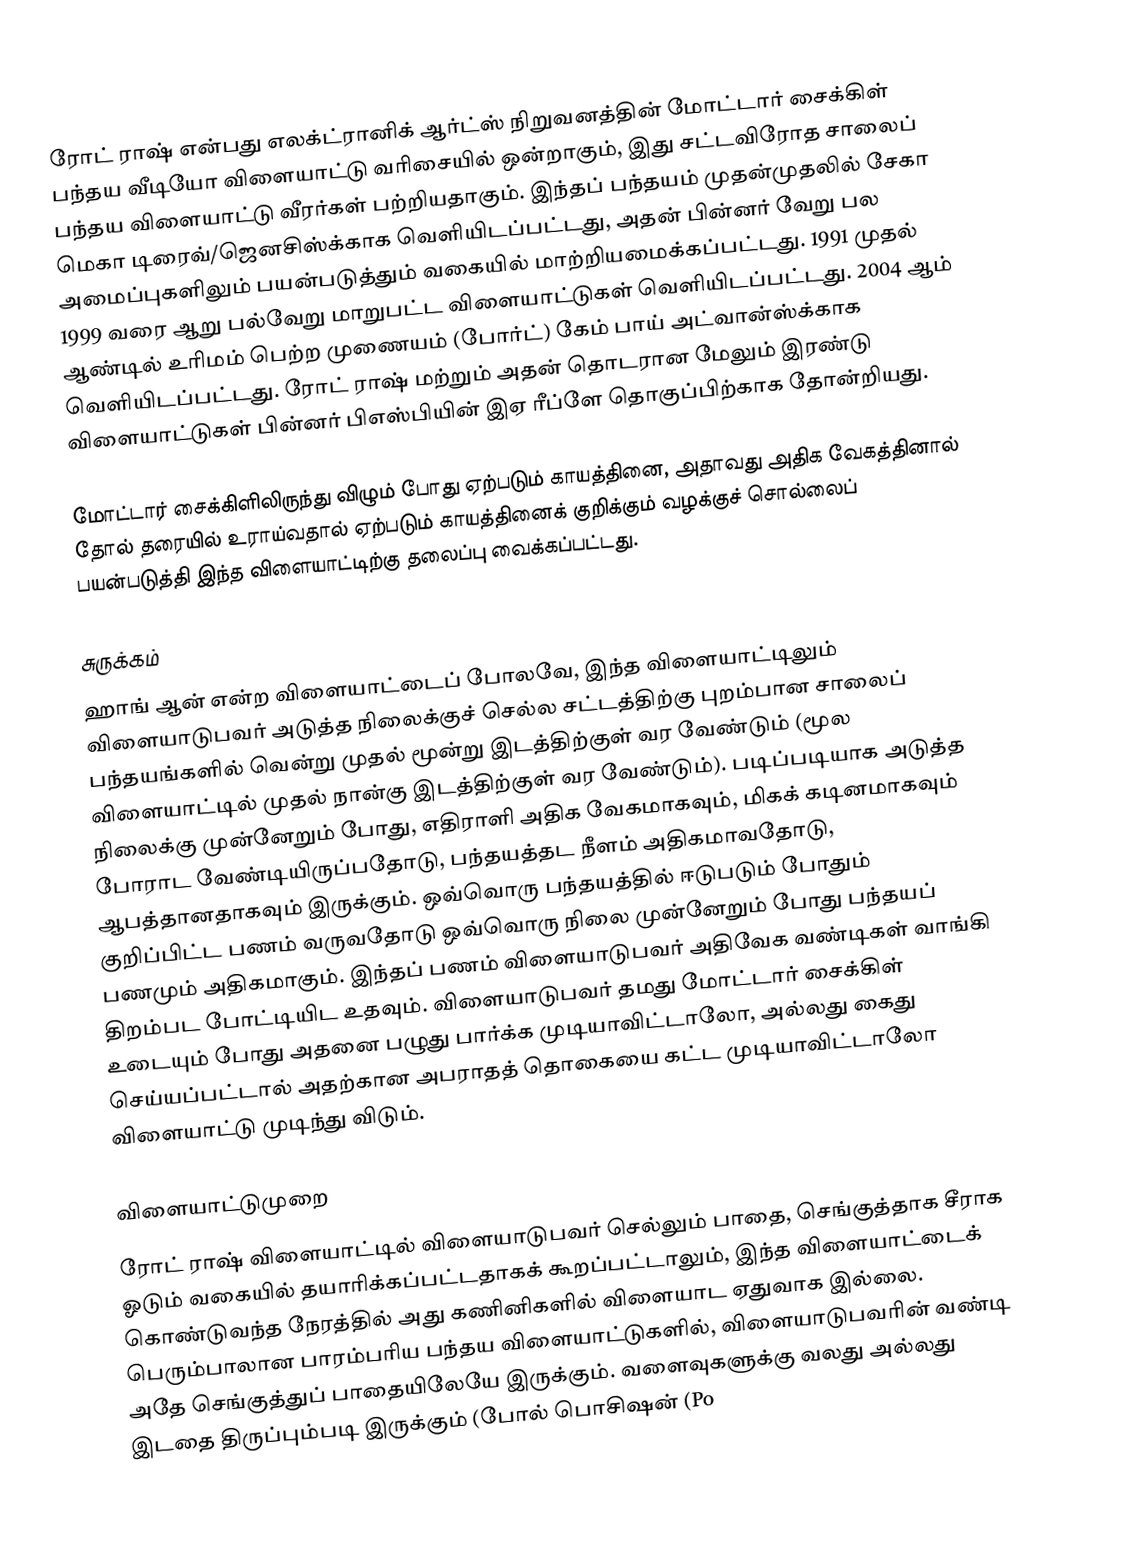
ரோட் ராஷ்   என்பது எலக்ட்ரானிக் ஆர்ட்ஸ் நிறுவனத்தின் மோட்டார் சைக்கிள் பந்தய வீடியோ விளையாட்டு வரிசையில் ஒன்றாகும், இது சட்டவிரோத சாலைப் பந்தய விளையாட்டு வீரர்கள் பற்றியதாகும். இந்தப் பந்தயம் முதன்முதலில் சேகா மெகா டிரைவ்/ஜெனசிஸ்க்காக வெளியிடப்பட்டது, அதன் பின்னர் வேறு பல அமைப்புகளிலும் பயன்படுத்தும் வகையில் மாற்றியமைக்கப்பட்டது.  1991 முதல் 1999 வரை ஆறு பல்வேறு மாறுபட்ட விளையாட்டுகள் வெளியிடப்பட்டது. 2004 ஆம் ஆண்டில் உரிமம் பெற்ற முணையம் (போர்ட்) கேம் பாய் அட்வான்ஸ்க்காக வெளியிடப்பட்டது. ரோட் ராஷ் மற்றும் அதன் தொடரான மேலும் இரண்டு விளையாட்டுகள் பின்னர் பிஎஸ்பியின் இஏ ரீப்ளே தொகுப்பிற்காக தோன்றியது.

மோட்டார் சைக்கிளிலிருந்து விழும் போது ஏற்படும் காயத்தினை, அதாவது அதிக வேகத்தினால் தோல் தரையில் உராய்வதால் ஏற்படும் காயத்தினைக் குறிக்கும் வழக்குச் சொல்லைப் பயன்படுத்தி இந்த விளையாட்டிற்கு தலைப்பு வைக்கப்பட்டது.

சுருக்கம்
ஹாங் ஆன் என்ற விளையாட்டைப் போலவே, இந்த விளையாட்டிலும் விளையாடுபவர் அடுத்த நிலைக்குச் செல்ல சட்டத்திற்கு புறம்பான சாலைப் பந்தயங்களில் வென்று முதல் மூன்று இடத்திற்குள் வர வேண்டும் (மூல விளையாட்டில் முதல் நான்கு இடத்திற்குள் வர வேண்டும்).  படிப்படியாக அடுத்த நிலைக்கு முன்னேறும் போது, எதிராளி அதிக வேகமாகவும், மிகக் கடினமாகவும் போராட வேண்டியிருப்பதோடு, பந்தயத்தட நீளம் அதிகமாவதோடு, ஆபத்தானதாகவும் இருக்கும். ஒவ்வொரு பந்தயத்தில் ஈடுபடும் போதும் குறிப்பிட்ட பணம் வருவதோடு ஒவ்வொரு நிலை முன்னேறும் போது பந்தயப் பணமும் அதிகமாகும்.  இந்தப் பணம் விளையாடுபவர் அதிவேக வண்டிகள் வாங்கி திறம்பட போட்டியிட உதவும்.  விளையாடுபவர் தமது மோட்டார் சைக்கிள் உடையும் போது அதனை பழுது பார்க்க முடியாவிட்டாலோ, அல்லது கைது செய்யப்பட்டால் அதற்கான அபராதத் தொகையை கட்ட முடியாவிட்டாலோ விளையாட்டு முடிந்து விடும்.

விளையாட்டுமுறை
ரோட் ராஷ் விளையாட்டில் விளையாடுபவர் செல்லும் பாதை, செங்குத்தாக சீராக ஓடும் வகையில் தயாரிக்கப்பட்டதாகக் கூறப்பட்டாலும், இந்த விளையாட்டைக் கொண்டுவந்த நேரத்தில் அது கணினிகளில் விளையாட ஏதுவாக இல்லை. பெரும்பாலான பாரம்பரிய பந்தய விளையாட்டுகளில், விளையாடுபவரின் வண்டி அதே செங்குத்துப் பாதையிலேயே இருக்கும். வளைவுகளுக்கு வலது அல்லது இடதை திருப்பும்படி இருக்கும் (போல் பொசிஷன் (Po